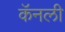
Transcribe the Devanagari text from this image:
कॅनली